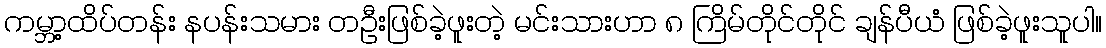
ကမ္ဘာ့ထိပ်တန်း နပန်းသမား တဦးဖြစ်ခဲ့ဖူးတဲ့ မင်းသားဟာ ၈ ကြိမ်တိုင်တိုင် ချန်ပီယံ ဖြစ်ခဲ့ဖူးသူပါ။